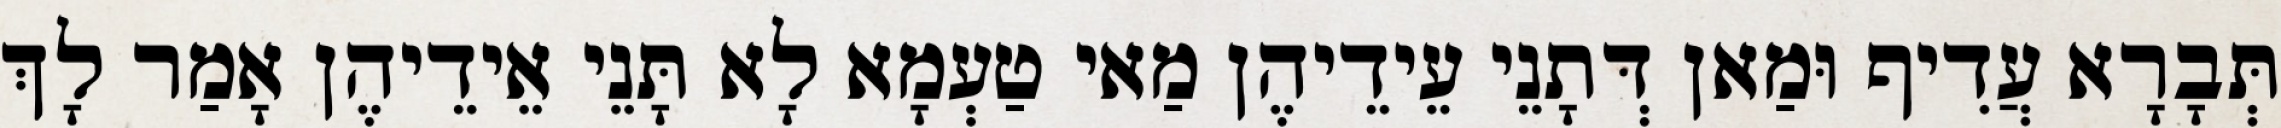
תְּבָרָא עֲדִיף וּמַאן דְּתָנֵי עֵידֵיהֶן מַאי טַעְמָא לָא תָּנֵי אֵידֵיהֶן אָמַר לָךְ